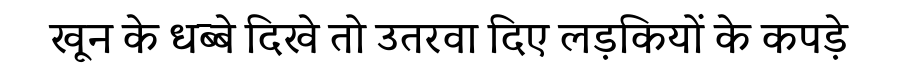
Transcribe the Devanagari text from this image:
खून के धब्बे दिखे तो उतरवा दिए लड़कियों के कपड़े